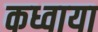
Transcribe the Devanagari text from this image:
कध्वाया